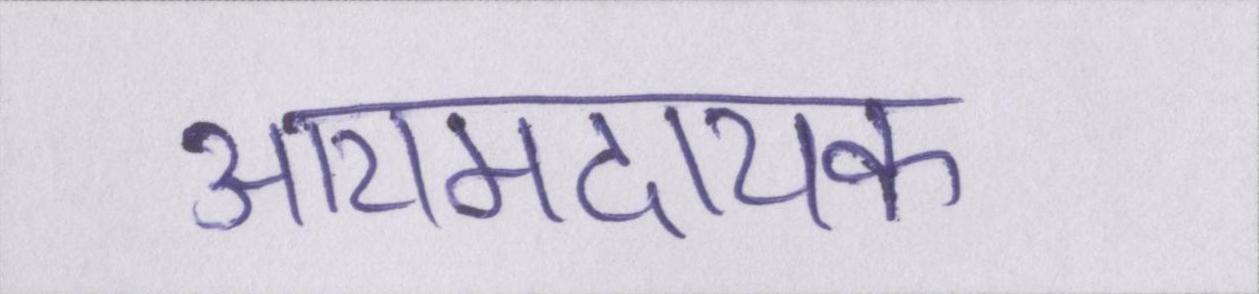
आरामदायक